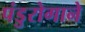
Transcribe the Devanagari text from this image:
पंडुरोगाने